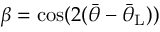
\beta = \cos ( 2 ( \bar { \theta } - \bar { \theta } _ { \mathrm { { L } } } ) )